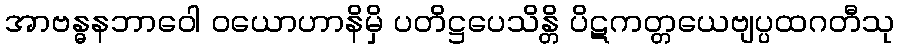
အာဗန္ဓနဘာဝေါ ဝယောဟာနိမှိ ပတိဋ္ဌပေသိန္တိ ပိဋကတ္တယေဗျပ္ပထဂတီသု